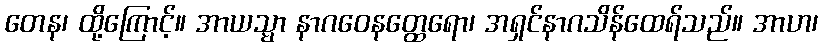
တေန၊ ထို့ကြောင့်။ အာယသ္မာ နာဂဝေနတ္ထေရော၊ အရှင်နာဂသိန်ထေရ်သည်။ အာဟ၊